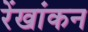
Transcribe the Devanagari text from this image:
रेंखांकन